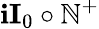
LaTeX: \mathbf{i}\textbf{{I}}_{0}\circ\mathbb{{N}}^{+}